65_HS1-834228961_62-HQ-83894_SUB_A
Agency: FBI
Page 38
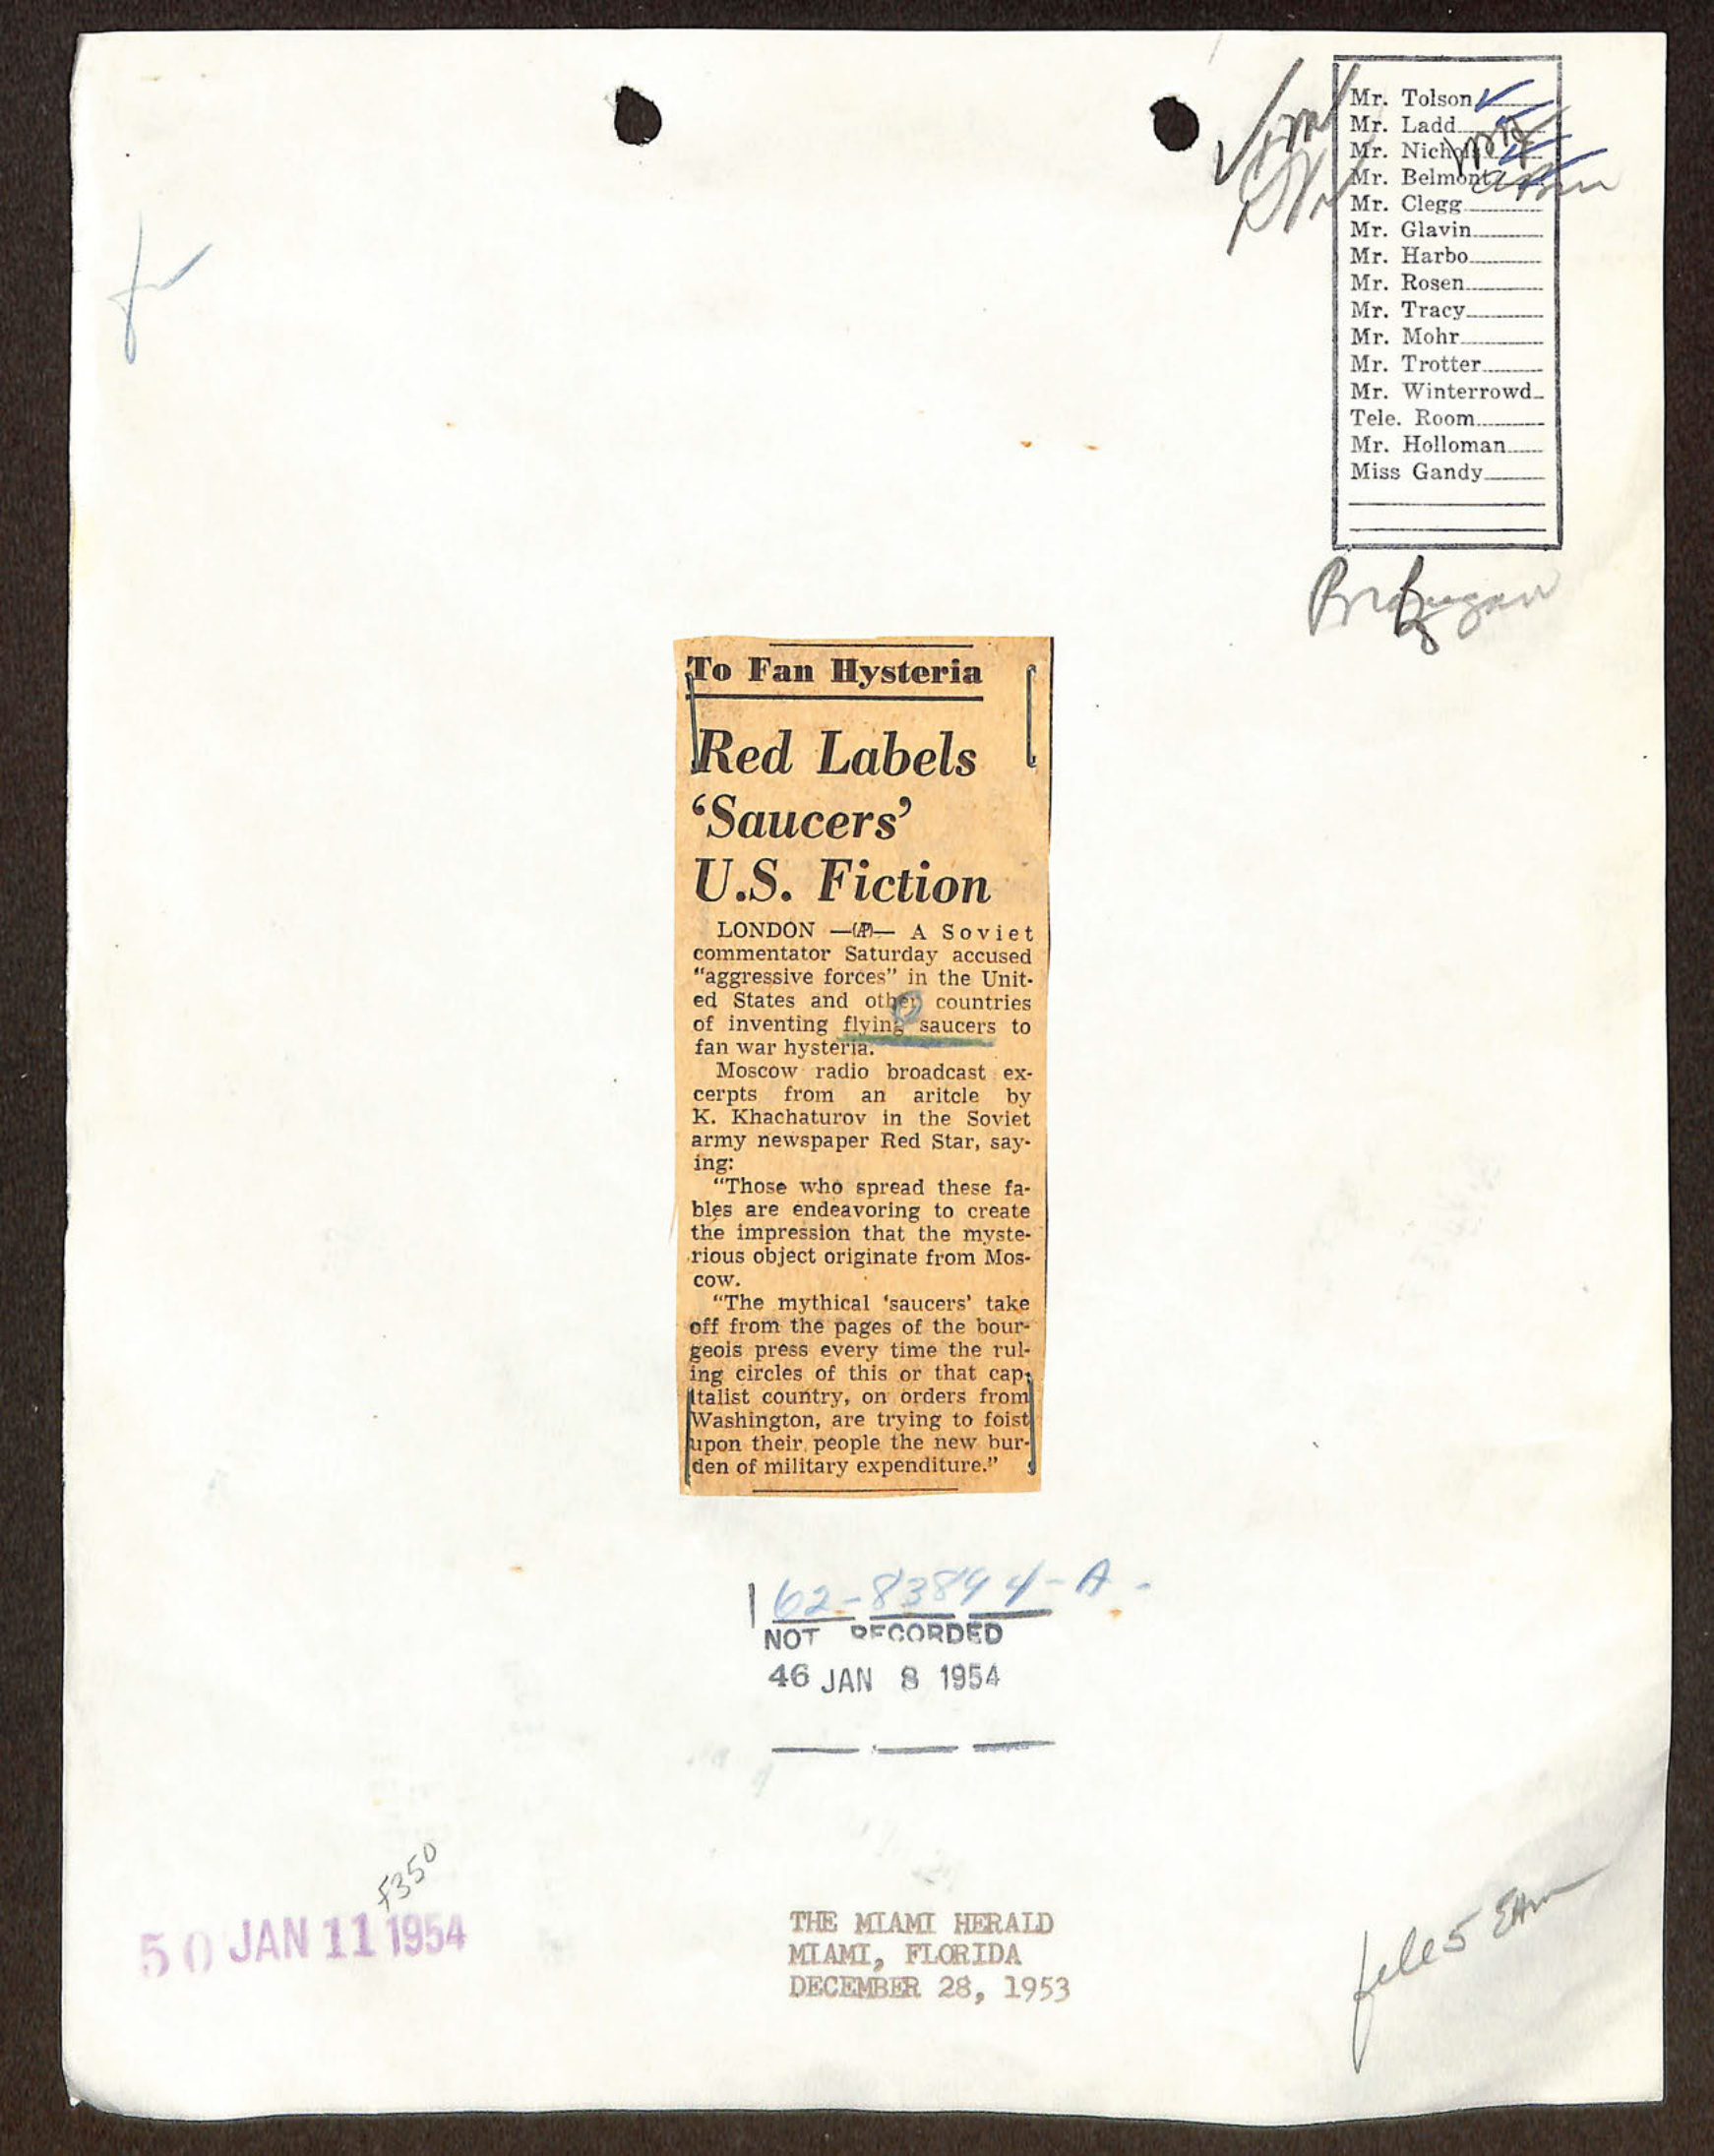